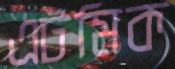
এটমিক